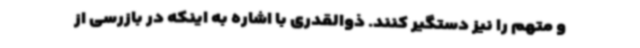
و متهم را نیز دستگیر کنند. ذوالقدری با اشاره به اینکه در بازرسی از